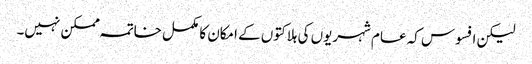
لیکن افسوس کہ عام شہریوں کی ہلاکتوں کے امکان کا مکمل خاتمہ ممکن نہیں۔